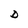
Character: D